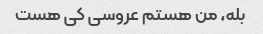
بله، من هستم عروسی کی هست